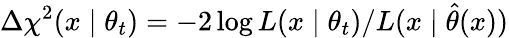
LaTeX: \Delta\chi^{2}(x\mid\theta_{t})=-2\log L(x\mid\theta_{t})/L(x\mid\hat{\theta}(x))